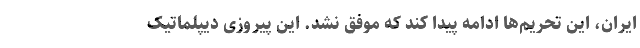
ایران، این تحریم‌ها ادامه پیدا کند که موفق نشد. این پیروزی دیپلماتیک